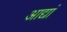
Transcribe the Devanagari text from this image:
आद्यां